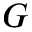
G